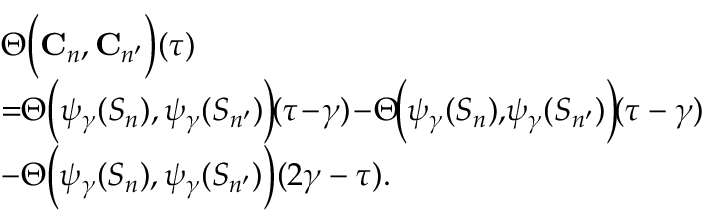
\begin{array} { r l } & { \Theta \Big ( \mathbf { C } _ { n } , \mathbf { C } _ { n ^ { \prime } } \Big ) ( \tau ) } \\ & { = \! \! \Theta \Big ( \psi _ { \gamma } ( S _ { n } ) , \psi _ { \gamma } ( S _ { n ^ { \prime } } ) \Big ) \! ( \tau \! - \! \gamma ) \! - \! \Theta \! \Big ( \psi _ { \gamma } ( S _ { n } ) , \! \psi _ { \gamma } ( S _ { n ^ { \prime } } ) \Big ) \! ( \tau - \gamma ) } \\ & { - \Theta \Big ( \psi _ { \gamma } ( S _ { n } ) , \psi _ { \gamma } ( S _ { n ^ { \prime } } ) \Big ) ( 2 \gamma - \tau ) . } \end{array}